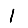
Digit: 1